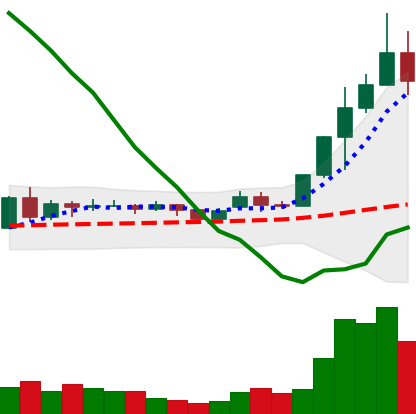
Ticker: ADA-USD
Chart end date: 2020-11-25
Forward return: 10.406%
Label: up_7plus